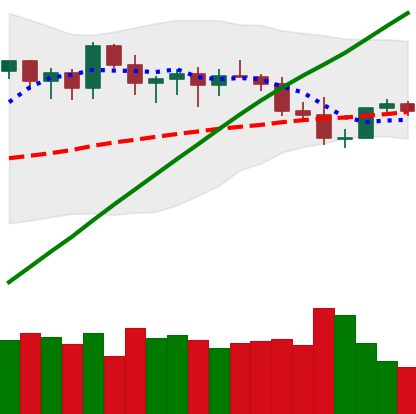
Ticker: ETH-USD
Chart end date: 2021-03-28
Forward return: 26.716%
Label: up_7plus